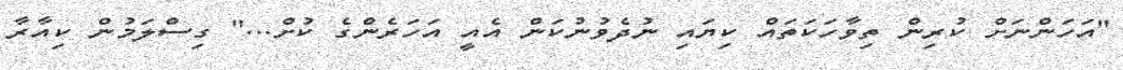
"އަހަންނަށް ކުރިން ތިވާހަކަތައް ކިޔައި ނުދެވުނުކަން އެއީ އަހަރެންގެ ކުށް..." ގިސްލަމުން ކިއާރާ